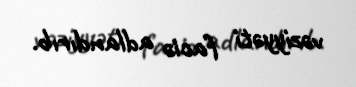
vəziyyəti faciə adlandırıb.